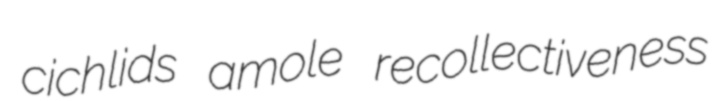
cichlids amole recollectiveness